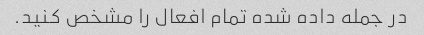
در جمله داده شده تمام افعال را مشخص کنید.